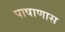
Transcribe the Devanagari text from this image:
पाषाणास